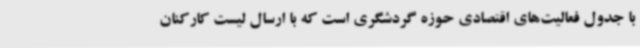
با جدول فعالیت‌های اقتصادی حوزه گردشگری است که با ارسال لیست کارکنان